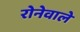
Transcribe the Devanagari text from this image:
रोनेवाले